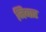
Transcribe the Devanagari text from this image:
निबार